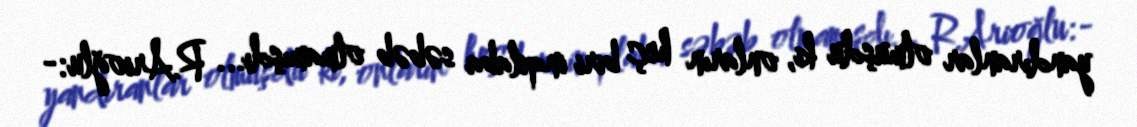
yandıranlar olmuşdu ki, onların heç biri inqilaba səbəb olmamışdı... R.Arioğlu:-